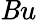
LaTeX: \mathit{B}u